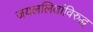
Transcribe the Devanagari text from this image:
जयललितांविरुद्ध